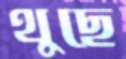
থুছে